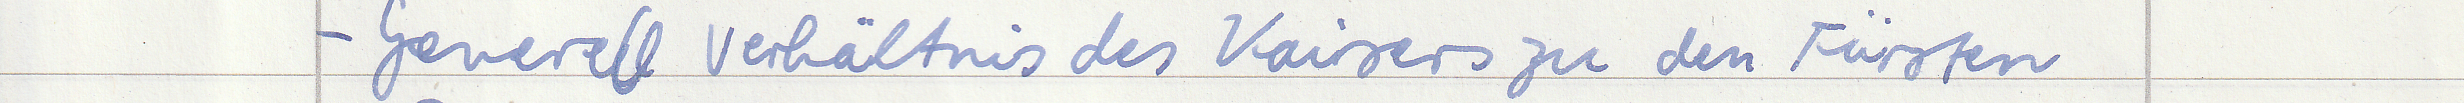
- Generell Verhältnis des Kaisers zu den Fürsten